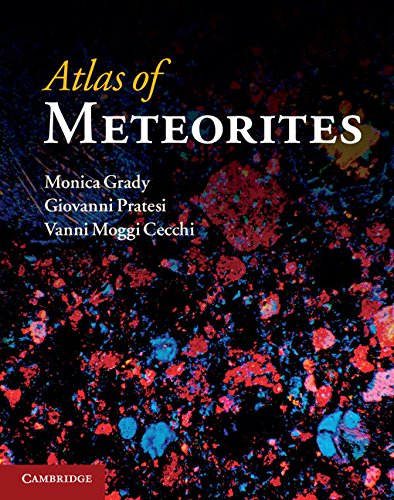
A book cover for Atlas of Meteorites; Monica Grady; Science & Math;